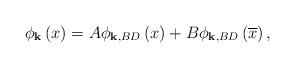
LaTeX: \begin{align*}\phi _{\mathbf{k}}\left( x\right) =A\phi _{\mathbf{k,}BD}\left( x\right)+B\phi _{\mathbf{k,}BD}\left( \overline{x}\right) ,\end{align*}